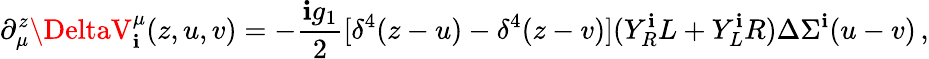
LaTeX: \partial_{\mu}^{z}\DeltaV_{\mathbf{i}}^{\mu}(z,u,v)=-\frac{{\mathbf{i}g_{1}}}{{2}}[\delta^{4}(z-u)-\delta^{4}(z-v)](Y_{R}^{\mathbf{i}}L+Y_{L}^{\mathbf{i}}R)\Delta\Sigma^{\mathbf{i}}(u-v)\, ,